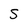
Character: S